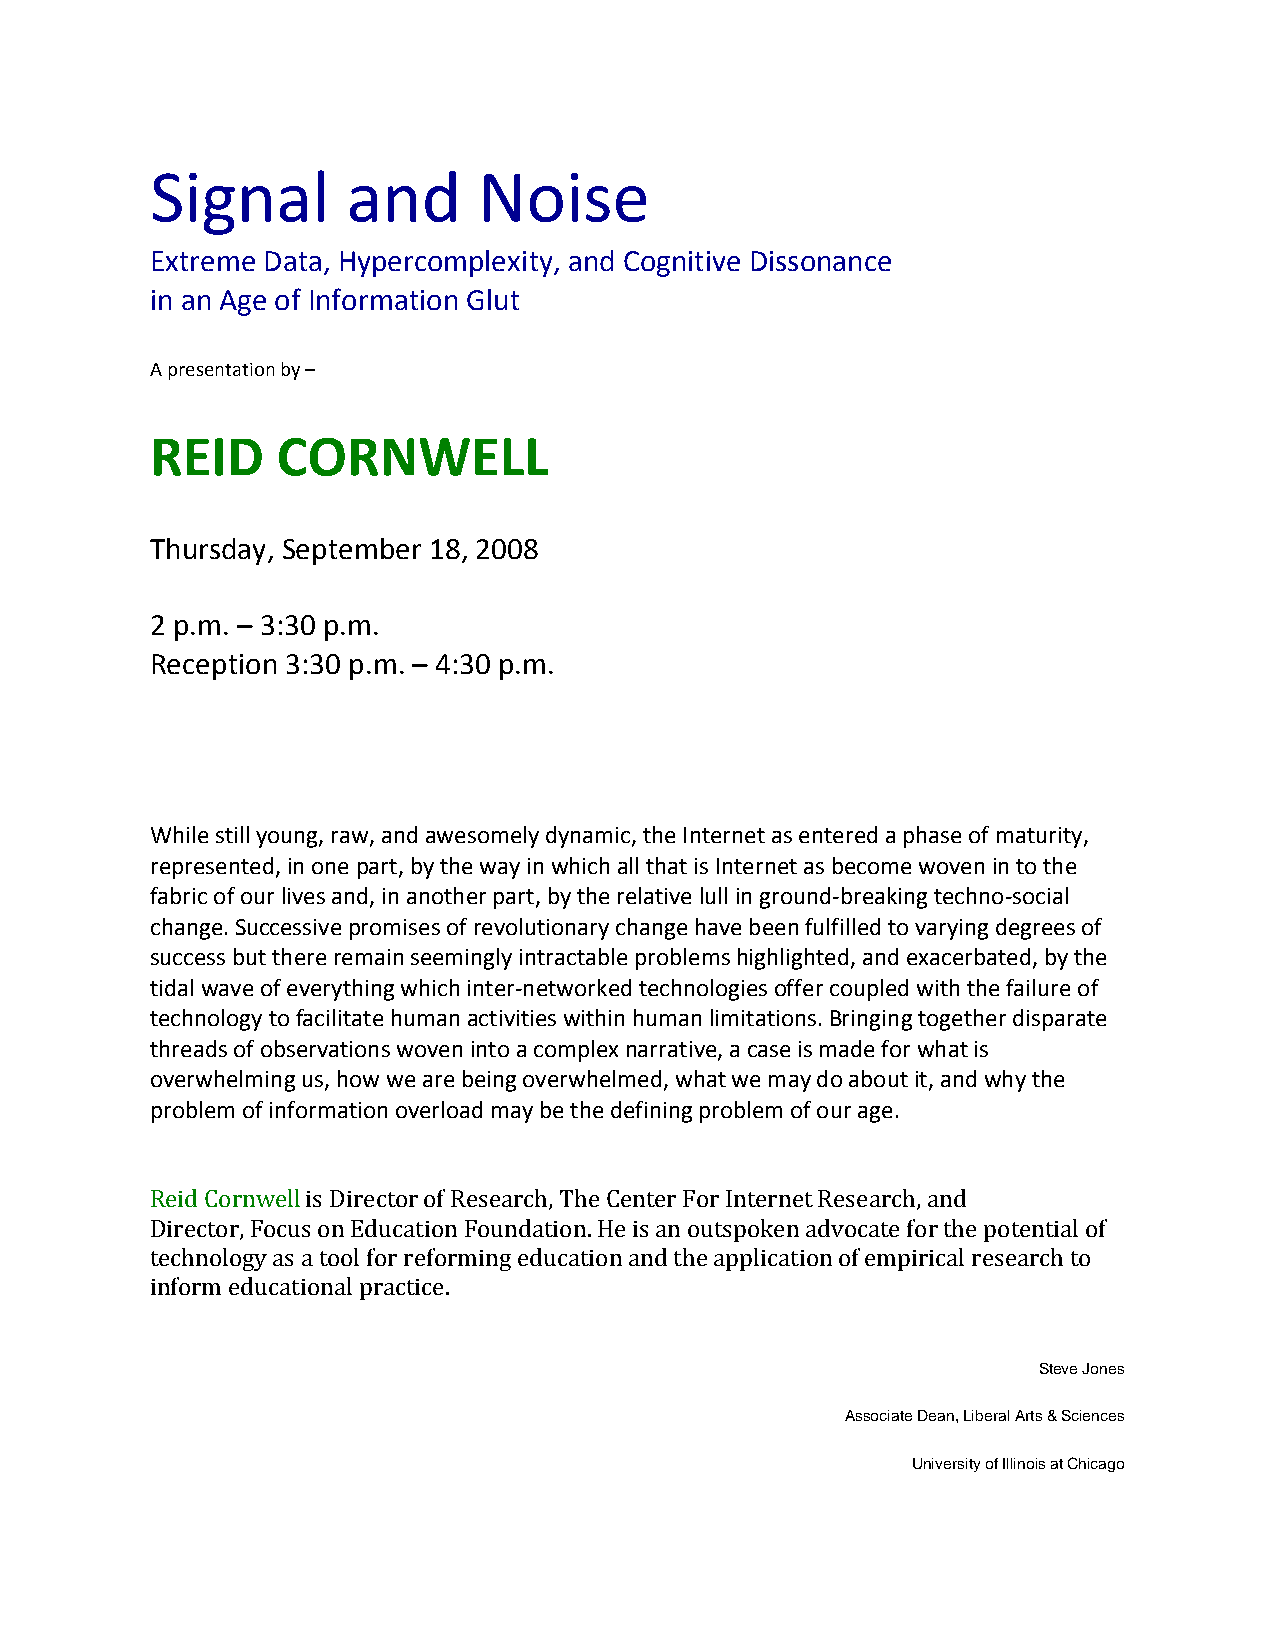
Signal       and      Noise
 Extreme Data, Hypercomplexity, and Cognitive Dissonance
 in an Age of Information Glut
 A presentation by –
 REID    CORNWELL
 Thursday, September 18, 2008
 2 p.m. – 3:30 p.m.
 Reception 3:30 p.m. – 4:30 p.m.
 While still young, raw, and awesomely dynamic, the Internet as entered a phase of maturity,
 represented, in one part, by the way in which all that is Internet as become woven in to the
 fabric of our lives and, in another part, by the relative lull in ground‐breaking techno‐social
 change. Successive promises of revolutionary change have been fulfilled to varying degrees of
 success but there remain seemingly intractable problems highlighted, and exacerbated, by the
 tidal wave of everything which inter‐networked technologies offer coupled with the failure of
 technology to facilitate human activities within human limitations. Bringing together disparate
 threads of observations woven into a complex narrative, a case is made for what is
 overwhelming us, how we are being overwhelmed, what we may do about it, and why the
 problem of information overload may be the defining problem of our age.
 Reid Cornwell is Director of Research, The Center For Internet Research, and
 Director, Focus on Education Foundation. He is an outspoken advocate for the potential of
 technology as a tool for reforming education and the application of empirical research to
 inform educational practice.
 Steve Jones
 Associate Dean, Liberal Arts & Sciences
 University of Illinois at Chicago